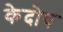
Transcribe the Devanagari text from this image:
केदोष